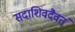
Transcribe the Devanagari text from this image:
सदाशिवदैवतं